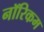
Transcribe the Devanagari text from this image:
नॉरिकम